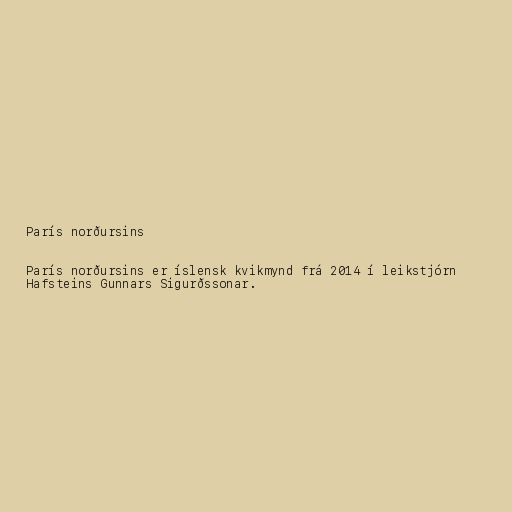
París norðursins

París norðursins er íslensk kvikmynd frá 2014 í leikstjórn
Hafsteins Gunnars Sigurðssonar.